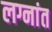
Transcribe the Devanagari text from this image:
लग्नांत